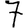
Digit: 7